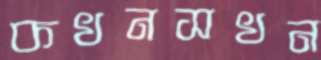
কখনসখন